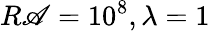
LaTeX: R\mathscr{A}=10^{8},\lambda=1